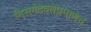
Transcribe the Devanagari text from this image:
निसर्गदेवतेप्रमाणेच